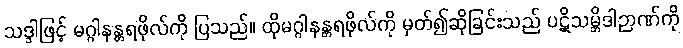
သဒ္ဒါဖြင့် မဂ္ဂါနန္တရဖိုလ်ကို ပြသည်။ ထိုမဂ္ဂါနန္တရဖိုလ်ကို မှတ်၍ဆိုခြင်းသည် ပဋိသမ္ဘိဒါဉာဏ်ကို